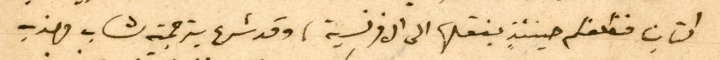
كتابنا فنكلفكم حينئذٍ بنقلها الى الافرنسية، وقد شرع بترجمته شاب مهذب